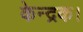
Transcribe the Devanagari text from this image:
केन्द्रक।